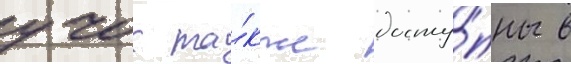
учок та́кже досту́пны в